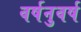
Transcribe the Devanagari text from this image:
वर्षनुवर्ष